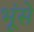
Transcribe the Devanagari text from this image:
भूंसे